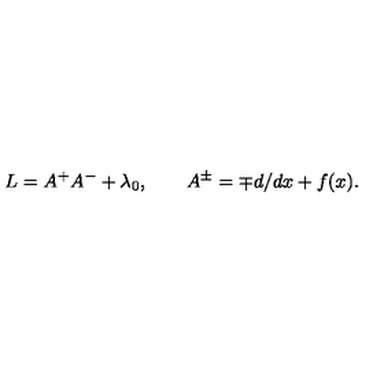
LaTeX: L = A ^ { + } A ^ { - } + \lambda _ { 0 } , \qquad A ^ { \pm } = \mp d / d x + f ( x ) .